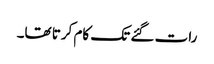
رات گئے تک کام کرتا تھا۔